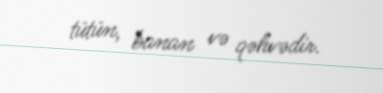
tütün, banan və qəhvədir.